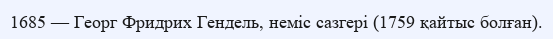
1685 — Георг Фридрих Гендель, неміс сазгері (1759 қайтыс болған).